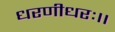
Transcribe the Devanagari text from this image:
धरणीधरः।।